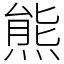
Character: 熊